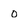
Character: o